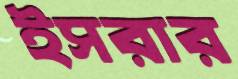
ইসরার